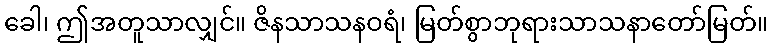
ခေါ၊ ဤအတူသာလျှင်။ ဇိနသာသနဝရံ၊ မြတ်စွာဘုရားသာသနာတော်မြတ်။